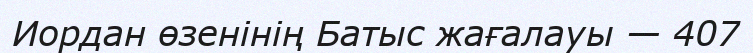
Иордан өзенінің Батыс жағалауы — 407